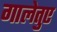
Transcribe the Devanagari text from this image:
गालेतुए